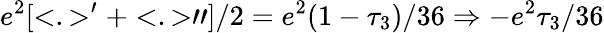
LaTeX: e^{2}[<.>^{\prime}+<.>"]/2=e^{2}(1-\tau_{3})/36\Rightarrow-e^{2}\tau_{3}/36